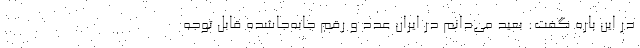
در این باره گفت: بعید می‌دانم در ایران عدد و رقم جابه‌جاشده قابل توجه